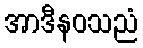
အာဒီနဝသညံ